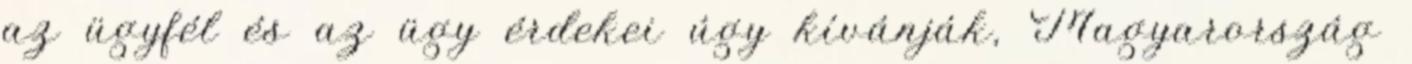
az ügyfél és az ügy érdekei úgy kívánják, Magyarország